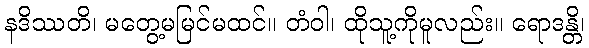
နဒိဿတိ၊ မတွေ့မမြင်မထင်။ တံဝါ၊ ထိုသူ့ကိုမူလည်း။ ရောဒန္တိ၊